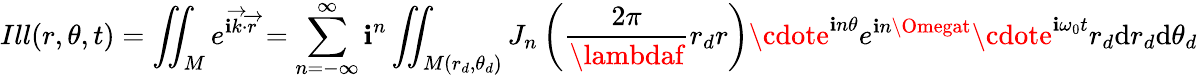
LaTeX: Ill(r,\theta,t)=\iint_{M}e^{\mathbf{i}\overrightarrow{{k}}\cdot\overrightarrow{{r}}}=\sum_{n=-\infty}^{\infty}\mathbf{i}^{n}\iint_{M(r_{d},\theta_{d})}J_{n}\left(\frac{{2\pi}}{{\lambdaf}}r_{d}r\right)\cdote^{\mathbf{i}n\theta}e^{\mathbf{i}n\Omegat}\cdote^{\mathbf{i}\omega_{0}t}r_{d}\mathrm{{d}}r_{d}\mathrm{{d}}\theta_{d}